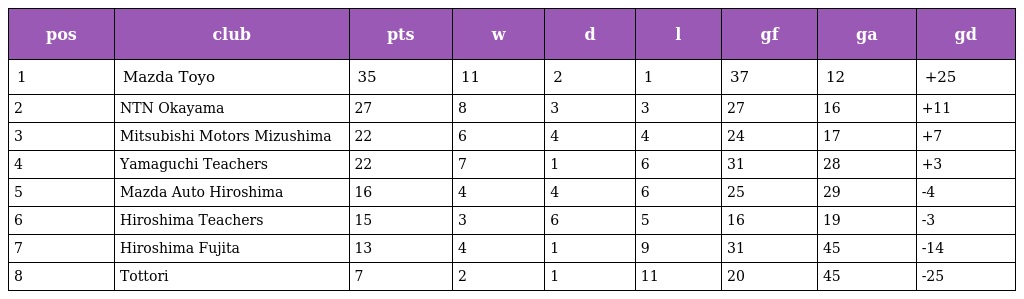
| pos | club | pts | w | d | l | gf | ga | gd |
 | --- | --- | --- | --- | --- | --- | --- | --- | --- |
 | 1 | Mazda Toyo | 35 | 11 | 2 | 1 | 37 | 12 | +25 |
 | 2 | NTN Okayama | 27 | 8 | 3 | 3 | 27 | 16 | +11 |
 | 3 | Mitsubishi Motors Mizushima | 22 | 6 | 4 | 4 | 24 | 17 | +7 |
 | 4 | Yamaguchi Teachers | 22 | 7 | 1 | 6 | 31 | 28 | +3 |
 | 5 | Mazda Auto Hiroshima | 16 | 4 | 4 | 6 | 25 | 29 | -4 |
 | 6 | Hiroshima Teachers | 15 | 3 | 6 | 5 | 16 | 19 | -3 |
 | 7 | Hiroshima Fujita | 13 | 4 | 1 | 9 | 31 | 45 | -14 |
 | 8 | Tottori | 7 | 2 | 1 | 11 | 20 | 45 | -25 |